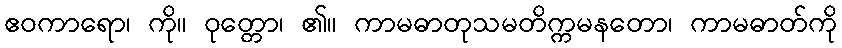
ဧဝကာရော၊ ကို။ ဝုတ္တော၊ ၏။ ကာမဓာတုသမတိက္ကမနတော၊ ကာမဓာတ်ကို